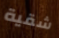
شقية